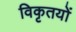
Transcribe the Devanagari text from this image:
विकृतयों